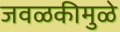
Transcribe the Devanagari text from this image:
जवळकीमुळे